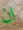
ان